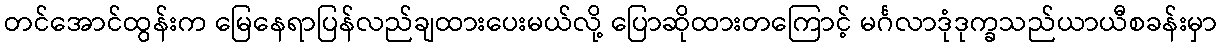
တင်အောင်ထွန်းက မြေနေရာပြန်လည်ချထားပေးမယ်လို့ ပြောဆိုထားတကြောင့် မင်္ဂလာဒုံဒုက္ခသည်ယာယီစခန်းမှာ